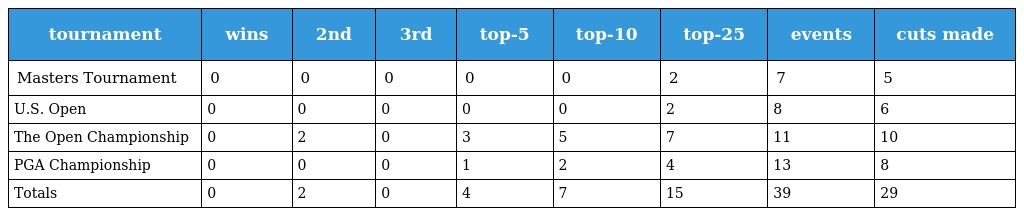
| tournament | wins | 2nd | 3rd | top-5 | top-10 | top-25 | events | cuts made |
 | --- | --- | --- | --- | --- | --- | --- | --- | --- |
 | Masters Tournament | 0 | 0 | 0 | 0 | 0 | 2 | 7 | 5 |
 | U.S. Open | 0 | 0 | 0 | 0 | 0 | 2 | 8 | 6 |
 | The Open Championship | 0 | 2 | 0 | 3 | 5 | 7 | 11 | 10 |
 | PGA Championship | 0 | 0 | 0 | 1 | 2 | 4 | 13 | 8 |
 | Totals | 0 | 2 | 0 | 4 | 7 | 15 | 39 | 29 |